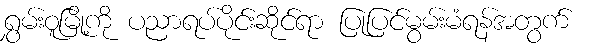
ရွှမ်းဝူမြို့ကို ပညာရပ်ပိုင်းဆိုင်ရာ ပြုပြင်မွမ်းမံရန်အတွက်